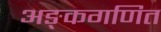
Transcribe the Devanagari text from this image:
अङ्कगणित